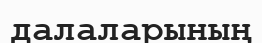
далаларының